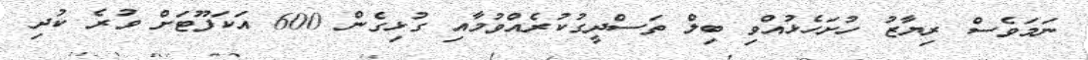
ނަމަވެސް ރިޔާޒު ހުށަހެޅުއްވި ބިލް ތަސްދީގުކުރެއްވުމާއި ގުޅިގެން 600 އަކަފޫޓަށް ވުރެ ކުދި